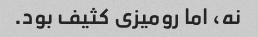
نه، اما رومیزی کثیف بود.